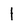
Character: 1